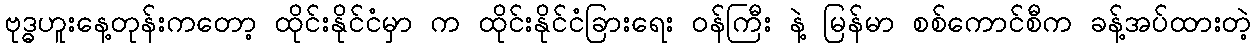
ဗုဒ္ဓဟူးနေ့တုန်းကတော့ ထိုင်းနိုင်ငံမှာ က ထိုင်းနိုင်ငံခြားရေး ဝန်ကြီး နဲ့ မြန်မာ စစ်ကောင်စီက ခန့်အပ်ထားတဲ့